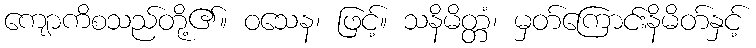
ကျောကိစသည်တို့၏။ ဝသေန၊ ဖြင့်။ သနိမိတ္တံ၊ မှတ်ကြောင်းနိမိတ်နှင့်